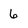
Character: 6